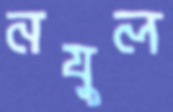
নযুল